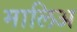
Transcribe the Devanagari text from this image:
मालिअ